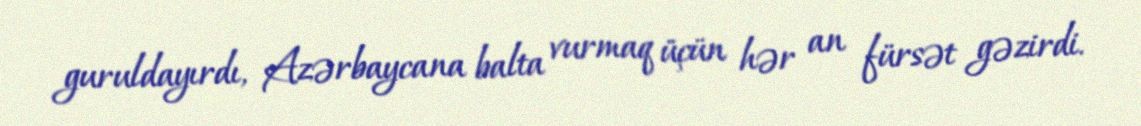
guruldayırdı, Azərbaycana balta vurmaq üçün hər an fürsət gəzirdi.